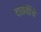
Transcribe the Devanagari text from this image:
दळवींचे